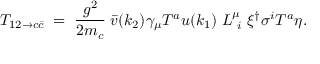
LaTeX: { \cal T } _ { 1 2 \to c \bar { c } } \; = \; { \frac { g ^ { 2 } } { 2 m _ { c } } } \; { \bar { v } } ( k _ { 2 } ) \gamma _ { \mu } T ^ { a } u ( k _ { 1 } ) \; L _ { \ i } ^ { \mu } \; \xi ^ { \dagger } \sigma ^ { i } T ^ { a } \eta .